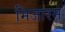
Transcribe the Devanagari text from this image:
मिजारम